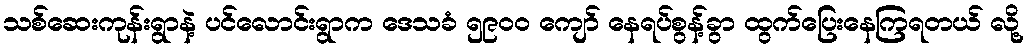
သစ်ဆေးကုန်းရွာနဲ့ ပင်လောင်းရွာက ဒေသခံ ၅၉၀၀ ကျော် နေရပ်စွန့်ခွာ ထွက်ပြေးနေကြရတယ် လို့